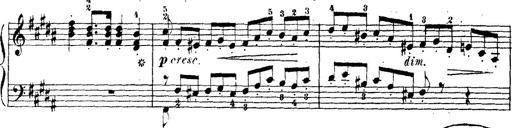
Title: Wagner-Liszt Album
Composer: Franz Liszt